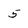
Character: 5